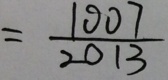
= \frac { 1 0 0 7 } { 2 0 1 3 }